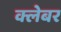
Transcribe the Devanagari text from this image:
क्लेबर